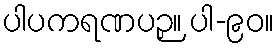
ပါပကရဏပဉှ။ ပါ-၉၀။